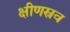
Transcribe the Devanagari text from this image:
क्षीणस्रव